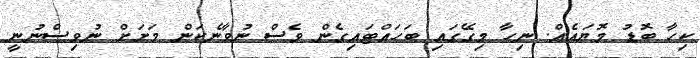
ކިހާ ބޮޑު މޮޔައެއް. ނިހާ މިގޭގައި ބަހައްޓައިގެން ވެސް ނުވާނެކަން މަށަށް ނުވިސްނުނީ